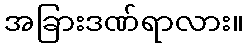
အခြားဒဏ်ရာလား။